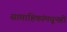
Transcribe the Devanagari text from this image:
साप्ताहिकांमधूनही